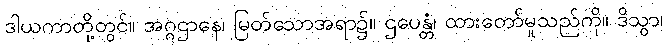
ဒါယကာတို့တွင်။ အဂ္ဂဌာနေ၊ မြတ်သောအရာ၌။ ဌပေန္တံ၊ ထားတော်မူသည်ကို။ ဒိသွာ၊